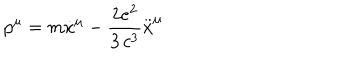
p ^ { \mu } = m \dot { x } ^ { \mu } - \frac { 2 e ^ { 2 } } { 3 \, c ^ { 3 } } \stackrel { . . } { x } ^ { \mu }